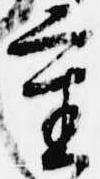
重